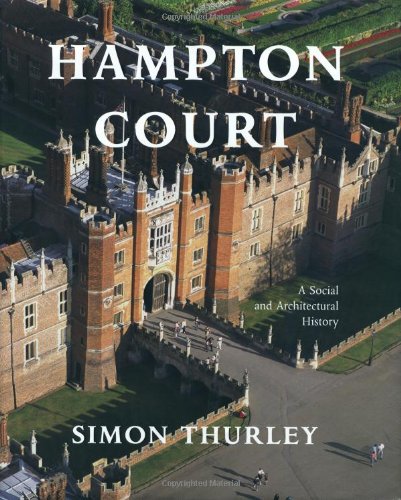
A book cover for Hampton Court: A Social and Architectural History; Simon Thurley; Travel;